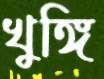
খুঙ্গি